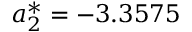
a _ { 2 } ^ { * } = - 3 . 3 5 7 5